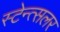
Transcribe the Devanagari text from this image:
स्टेन्त्सलर